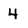
Character: 4